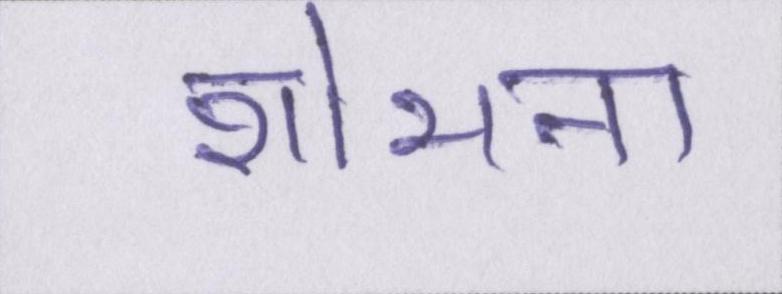
शोभना